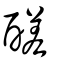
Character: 醝